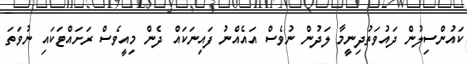
ކައުންސިލުން ދައުވަތުދިނީމާ ލަދުން ނުވެސް އައެއްނު ފައިނަކައް ދެން މިއީވެސް ރަށައްޓަކައި ނުވަތަ